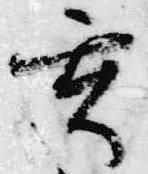
玄